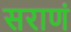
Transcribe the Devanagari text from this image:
सराणं